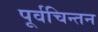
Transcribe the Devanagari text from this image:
पूर्वचिन्तन